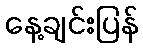
နေ့ချင်းပြန်